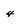
Character: 4